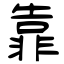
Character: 靠